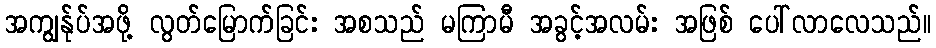
အကျွန်ုပ်အဖို့ လွတ်မြောက်ခြင်း အစသည် မကြာမီ အခွင့်အလမ်း အဖြစ် ပေါ်လာလေသည်။